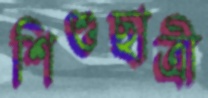
শিশুছাত্রী